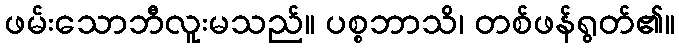
ဖမ်းသောဘီလူးမသည်။ ပစ္စဘာသိ၊ တစ်ဖန်ရွတ်၏။